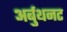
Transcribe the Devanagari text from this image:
अर्बुथनट